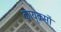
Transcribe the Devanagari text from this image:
कायृक्रमों